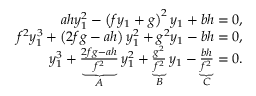
\begin{array} { r } { a h y _ { 1 } ^ { 2 } - \left( f y _ { 1 } + g \right) ^ { 2 } y _ { 1 } + b h = 0 , } \\ { f ^ { 2 } y _ { 1 } ^ { 3 } + \left( 2 f g - a h \right) y _ { 1 } ^ { 2 } + g ^ { 2 } y _ { 1 } - b h = 0 , } \\ { y _ { 1 } ^ { 3 } + \underbrace { \frac { 2 f g - a h } { f ^ { 2 } } } _ { A } y _ { 1 } ^ { 2 } + \underbrace { \frac { g ^ { 2 } } { f ^ { 2 } } } _ { B } y _ { 1 } - \underbrace { \frac { b h } { f ^ { 2 } } } _ { C } = 0 . } \end{array}